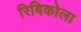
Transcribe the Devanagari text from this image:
रिबिकोला